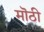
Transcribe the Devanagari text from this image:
मॊठी